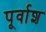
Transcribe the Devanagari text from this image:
पूर्वाश